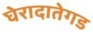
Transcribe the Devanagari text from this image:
घेरादातेगड